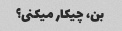
بن، چیکار میکنی؟